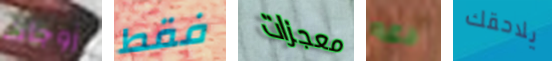
زوجات فقط معجزات دعه يلاحقك